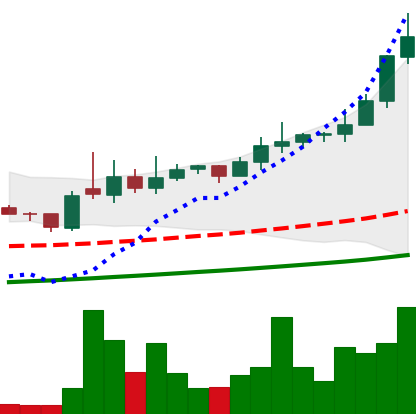
Ticker: XLM-USD
Chart end date: 2021-02-13
Forward return: -11.151%
Label: down_7plus